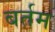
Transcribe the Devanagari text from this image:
बर्तम